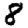
Digit: 8